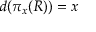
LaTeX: d ( \pi _ { x } ( R ) ) = x